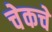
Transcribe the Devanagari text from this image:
चेकचे